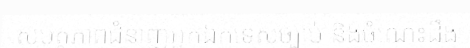
សមត្ថភាពជំនាញអ្នកឯកទេសច្បាប់ និងចំណេះដឹង